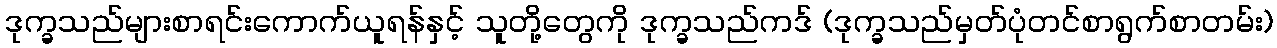
ဒုက္ခသည်များစာရင်းကောက်ယူရန်နှင့် သူတို့တွေကို ဒုက္ခသည်ကဒ် (ဒုက္ခသည်မှတ်ပုံတင်စာရွက်စာတမ်း)